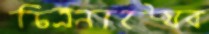
চিত্রনাট্যের